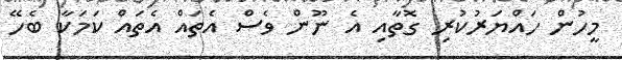
މީހުން ހައްޔަރުކުރި ގޮތާއި އެ ނޫން ވެސް އެތައް އެތައް ކަމަކާ ބެހޭ